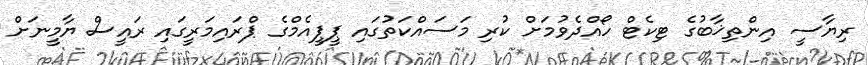
ރިޔާސީ އިންތިޚާބުގެ ޓިކެޓް ހޯއްދެވުމަށް ކުރި މަސައްކަތުގައި ޕީޕީއެމްގެ ޕްރައިމަރީގައި ރައީސް ޔާމީނަށް